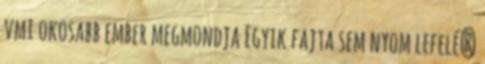
vmi okosabb ember megmondja Egyik fajta sem nyom lefelé?